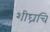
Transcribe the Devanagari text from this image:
शीघ्रचि